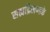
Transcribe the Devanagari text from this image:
सह्यद्रिखण्डके